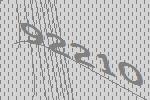
92210